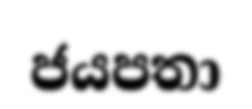
ජයපතා